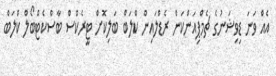
އެއް ވަނަ ޑިވިޝަނުގެ ޗެމްޕިއަންކަން ރެޑްލައިން ކްލަބް ބަލިކޮށް ޓީރެކްސް ބާސްކެޓްބޯލް ކްލަބް